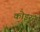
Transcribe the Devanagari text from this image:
कोइर